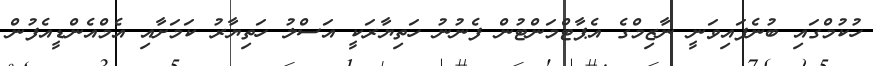
ހުކުމްގައި ބުނެފައިވަނީ ނާޒިމްގެ އެޕާޓްމަންޓުން ފެނުނު ހަތިޔާރަކީ އަސްލު ހަތިޔާރު ކަމަށާއި އެމްއެންޑީއެފުން